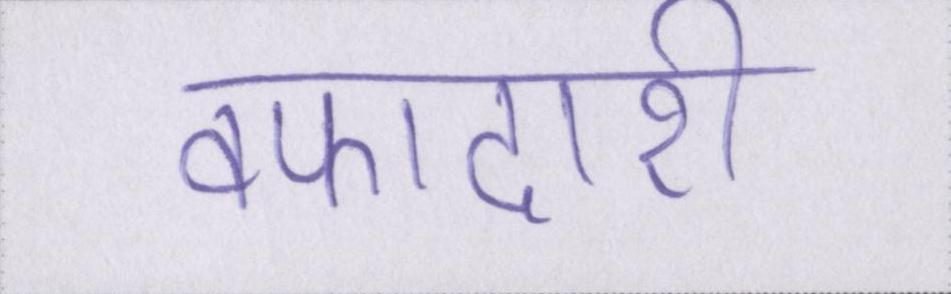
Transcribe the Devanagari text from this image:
वफादारी